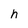
Character: h